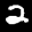
Label: 2